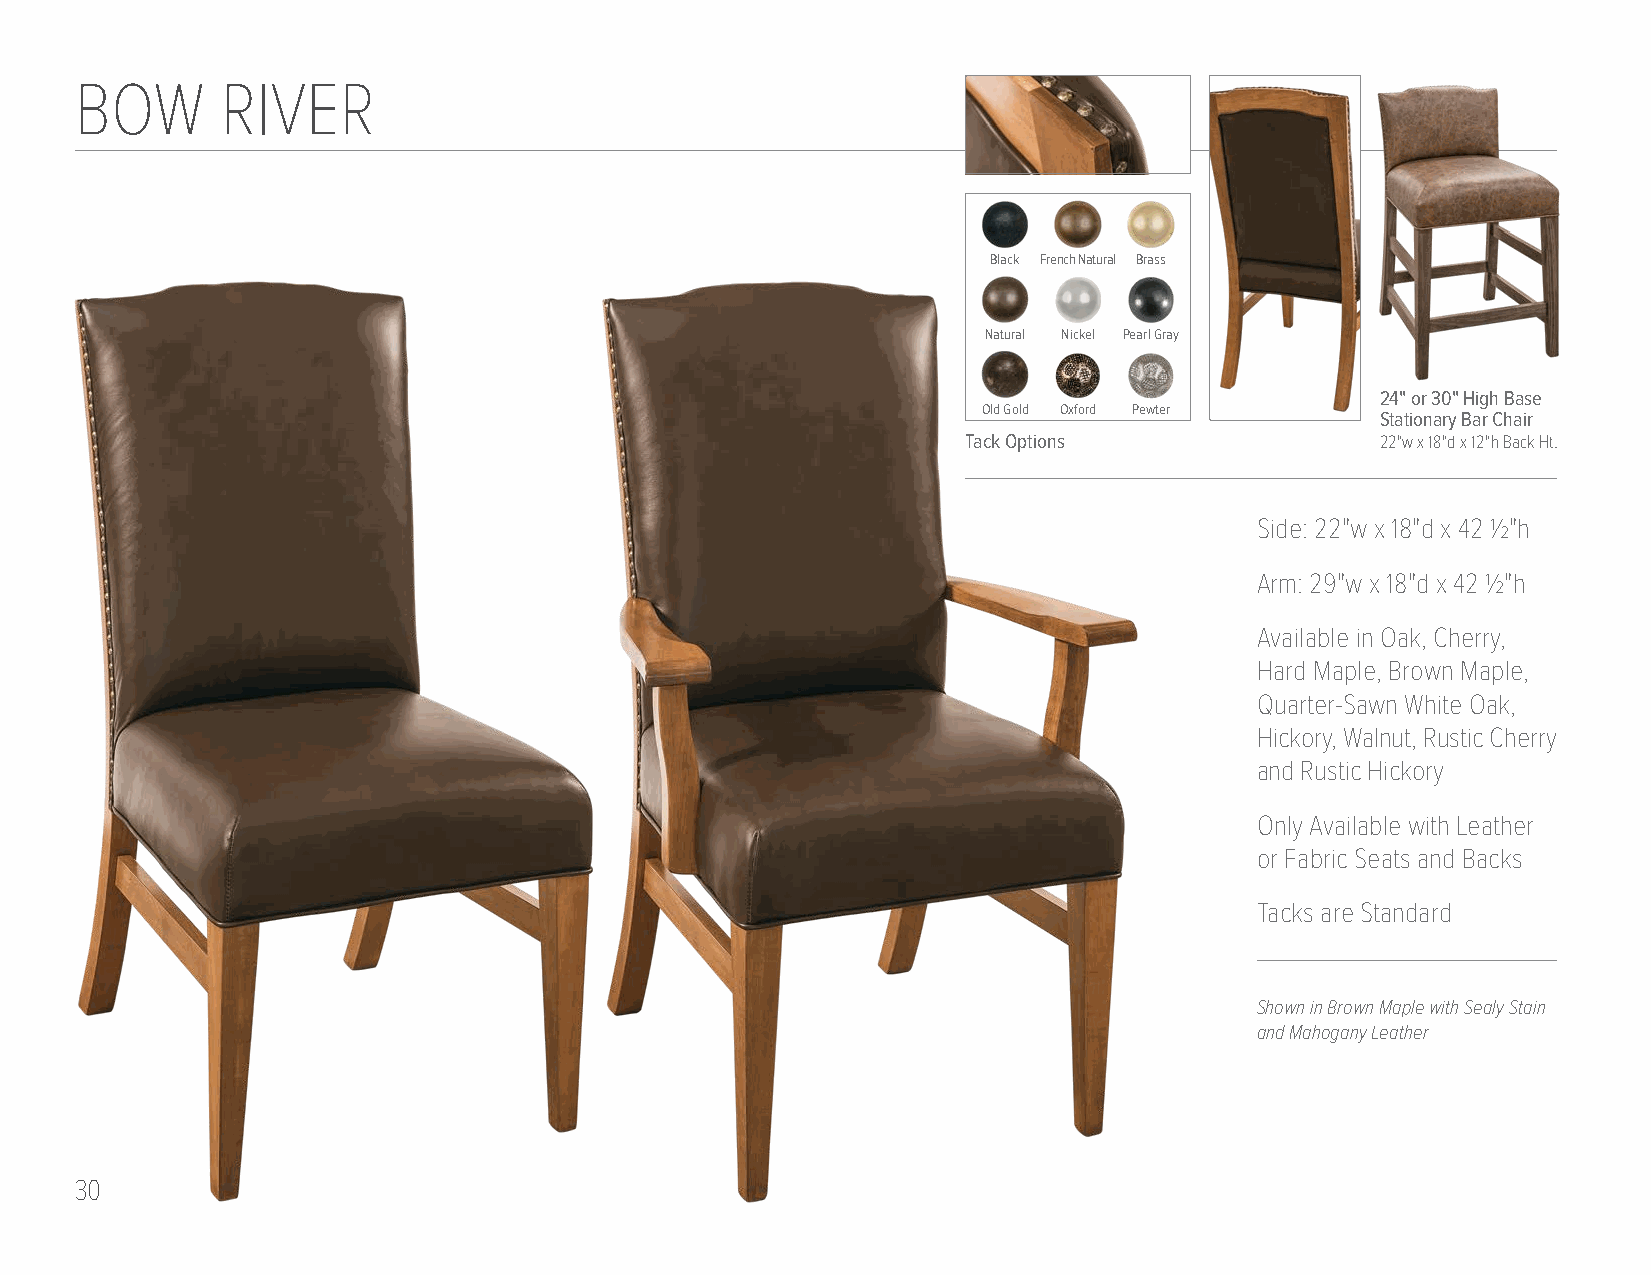
BOW       RIVER
 Black French Natural Brass
 Natural Nickel Pearl Gray
 24" or 30" High Base
 Old Gold Oxford Pewter
 Stationary Bar Chair
 Tack Options               22"w x 18"d x 12"h Back Ht.
 Side: 22"w x 18"d x 42 1/2"h
 Arm: 29"w x 18"d x 42 1/2"h
 Available in Oak, Cherry,
 Hard Maple, Brown Maple,
 Quarter-Sawn White Oak,
 Hickory, Walnut, Rustic Cherry
 and Rustic Hickory
 Only Available with Leather
 or Fabric Seats and Backs
 Tacks are Standard
 Shown in Brown Maple with Sealy Stain
 and Mahogany Leather
 30